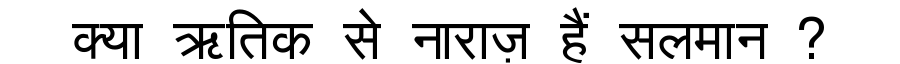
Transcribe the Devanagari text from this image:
क्या ऋतिक से नाराज़ हैं सलमान ?